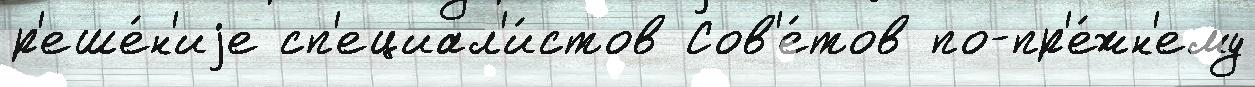
р'еше́н'иjе сп'ециал'и́стов Сов'е́тов по-пр'е́жн'ему